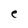
Character: e